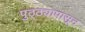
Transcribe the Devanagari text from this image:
पुठ्ठ्यापासून